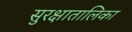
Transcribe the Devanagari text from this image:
सुरक्षातालिका